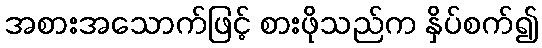
အစားအသောက်ဖြင့် စားဖိုသည်က နှိပ်စက်၍